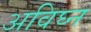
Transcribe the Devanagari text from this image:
अविघ्न